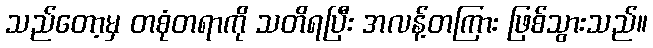
သည်တော့မှ တစုံတရာကို သတိရပြီး အလန့်တကြား ဖြစ်သွားသည်။